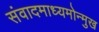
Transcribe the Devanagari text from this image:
संवादमाध्यमोन्मुख